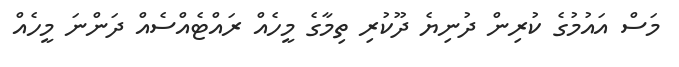
މަސް އައުމުގެ ކުރިން ދުނިޔެ ދޫކުރި ތިމާގެ މީހެއް ރައްޓެއްސެއް ދަންނަ މީހެއް